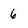
Character: 6